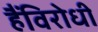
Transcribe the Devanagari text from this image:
हैंविरोधी